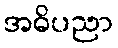
အဓိပညာ